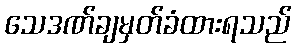
သေဒဏ်ချမှတ်ခံထားရသည်